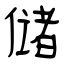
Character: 储